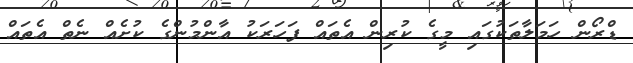
ޑްރޯން ހަމަލާތަކުގައި މީގެ ކުރިން އެތައް ފަހަރަކު އާންމުންގެ ކުށެއް ނެތް އެތައް